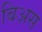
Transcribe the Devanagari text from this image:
बिअस